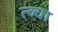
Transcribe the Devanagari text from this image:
त्व्चा